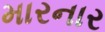
મારનાર